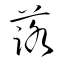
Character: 蕗